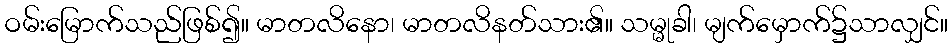
ဝမ်းမြောက်သည်ဖြစ်၍။ မာတလိနော၊ မာတလိနတ်သား၏။ သမ္မုခါ၊ မျက်မှောက်၌သာလျှင်။